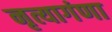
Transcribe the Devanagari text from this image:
नृत्यागंणा